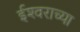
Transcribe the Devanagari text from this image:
ईश्‍वराच्या